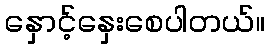
နှောင့်နှေးစေပါတယ်။